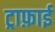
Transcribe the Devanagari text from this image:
ट्राफ़ाई